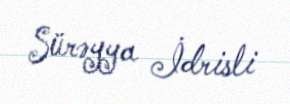
Sürəyya İdrisli